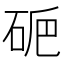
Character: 𥑽